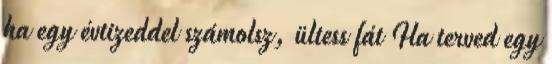
ha egy évtizeddel számolsz, ültess fát Ha terved egy